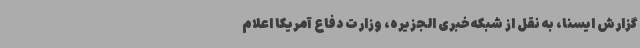
گزارش ایسنا، به نقل از شبکه خبری الجزیره، وزارت دفاع آمریکا اعلام